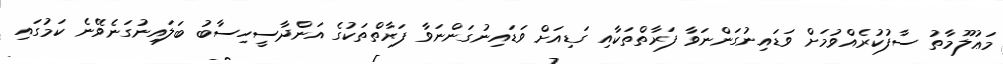
މަޢުލޫމާތު ސާފުކުރެއްވުމަށް ވަޑައިނުގަންނަވާ ފަރާތްތަކާއި ގަޑިއަށް ވަޑައިނުގަންނަވާ ފަރާތްތަކުގެ އަންދާސީހިސާބު ބަލައިނުގަނެވޭނެ ކަމުގައި